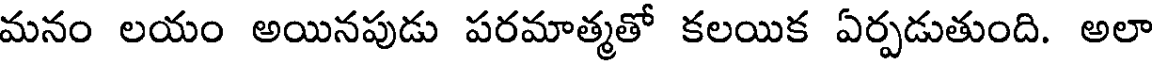
మనం లయం అయినపుడు పరమాత్మతో కలయిక ఏర్పడుతుంది. అలా